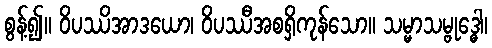
စွန့်၍။ ဝိပဿိအာဒယော၊ ဝိပဿီအစရှိကုန်သော။ သမ္မာသမ္ဗုဒ္ဓေါ၊